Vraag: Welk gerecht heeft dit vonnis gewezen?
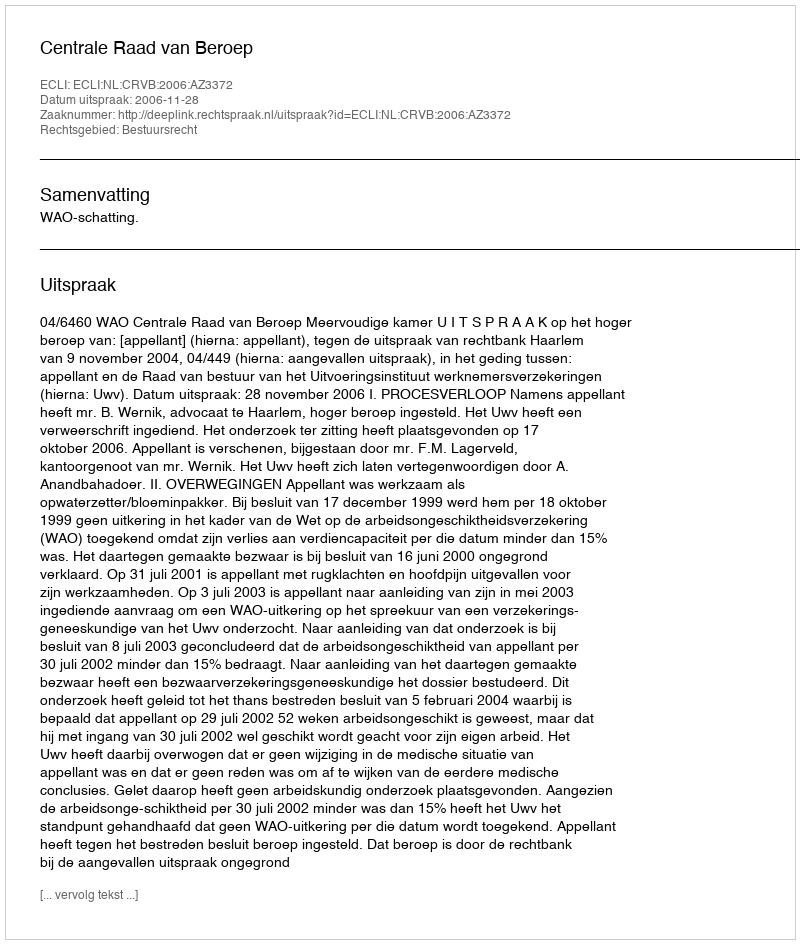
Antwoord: Centrale Raad van Beroep